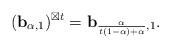
LaTeX: \begin{align*}(\mathbf{b}_{\alpha,1})^{\boxtimes t} = \mathbf{b}_{\frac{\alpha}{t(1-\alpha)+\alpha},1}. \end{align*}